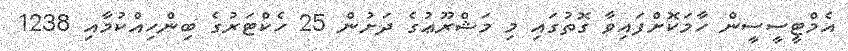
އެމްޓީސީސީން ހާމަކޮށްފައިވާ ގޮތުގައި މި މަޝްރޫޢުގެ ދަށުން 25 ހެކްޓަރުގެ ބިންހިއްކުމާއި 1238